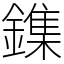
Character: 鏶